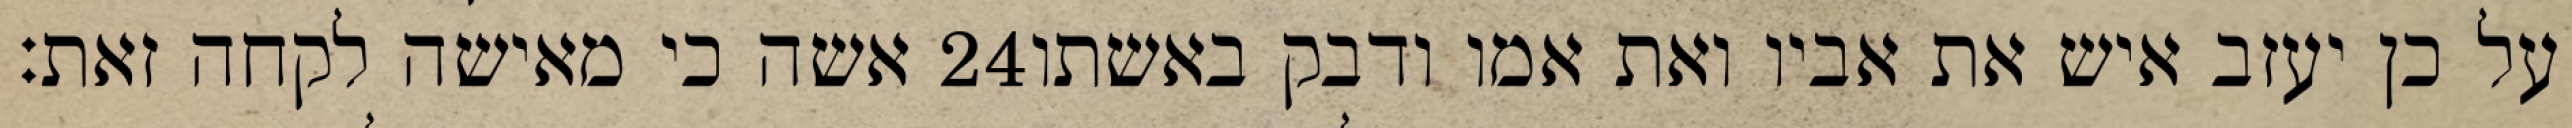
אשה כי מאישה לקחה זאת׃ ‎24‏ על כן יעזב איש את אביו ואת אמו ודבק באשתו